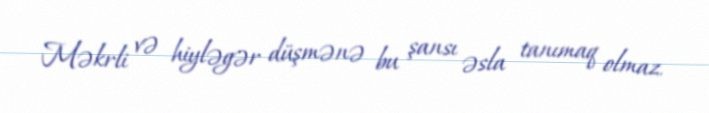
Məkrli və hiyləgər düşmənə bu şansı əsla tanımaq olmaz.